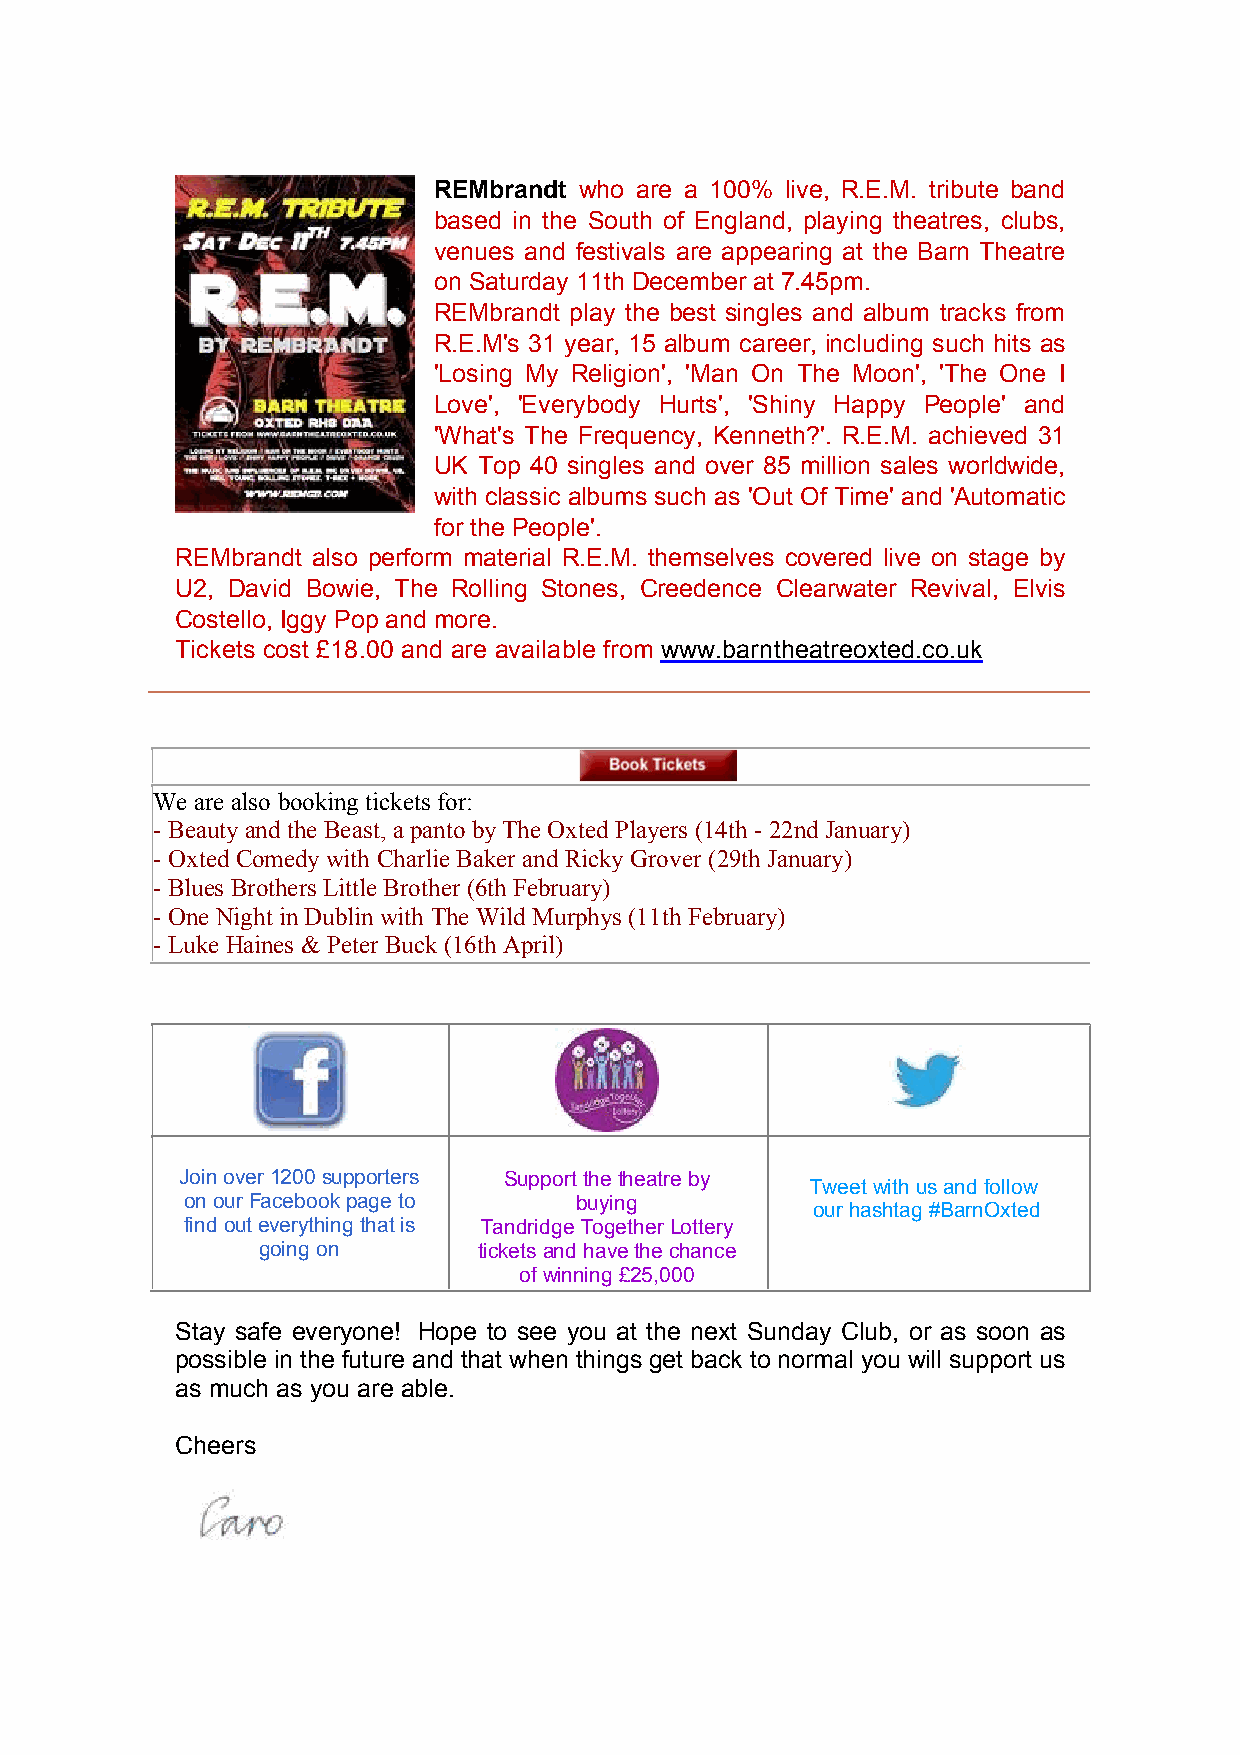
REMbrandt who are a 100% live, R.E.M. tribute band
 based in the South of England, playing theatres, clubs,
 venues and festivals are appearing at the Barn Theatre
 on Saturday 11th December at 7.45pm.
 REMbrandt play the best singles and album tracks from
 R.E.M’s 31 year, 15 album career, including such hits as
 ’Losing My Religion’, ’Man On The Moon’, ’The One I
 Love’, ’Everybody Hurts’, ’Shiny Happy People’ and
 ’What’s The Frequency, Kenneth?’. R.E.M. achieved 31
 UK Top 40 singles and over 85 million sales worldwide,
 with classic albums such as ’Out Of Time’ and ’Automatic
 for the People’.
 REMbrandt also perform material R.E.M. themselves covered live on stage by
 U2, David Bowie, The Rolling Stones, Creedence Clearwater Revival, Elvis
 Costello, Iggy Pop and more.
 Tickets cost £18.00 and are available from www.barntheatreoxted.co.uk
 We are also booking tickets for:
 - Beauty and the Beast, a panto by The Oxted Players (14th - 22nd January)
 - Oxted Comedy with Charlie Baker and Ricky Grover (29th January)
 - Blues Brothers Little Brother (6th February)
 - One Night in Dublin with The Wild Murphys (11th February)
 - Luke Haines & Peter Buck (16th April)
 Join over 1200 supporters Support the theatre by
 Tweet with us and follow
 on our Facebook page to   buying
 our hashtag #BarnOxted
 find out everything that is Tandridge Together Lottery
 Tweet with us and follow
 going on       tickets and have the chance
 of winning £25,000
 Stay safe everyone! Hope to see you at the next Sunday Club, or as soon as
 possible in the future and that when things get back to normal you will support us
 as much as you are able.
 Cheers